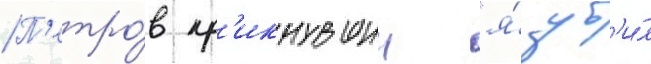
П'етро́в кр'икнувшии "я́ уб'и́л